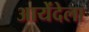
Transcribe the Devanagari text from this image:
आयेंदेला